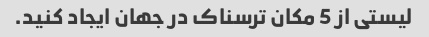
لیستی از 5 مکان ترسناک در جهان ایجاد کنید.